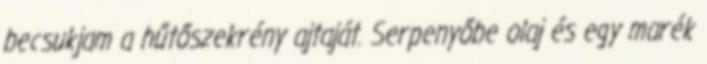
becsukjam a hűtőszekrény ajtaját. Serpenyőbe olaj és egy marék